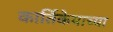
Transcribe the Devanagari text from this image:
कार्तिकेयाच्या